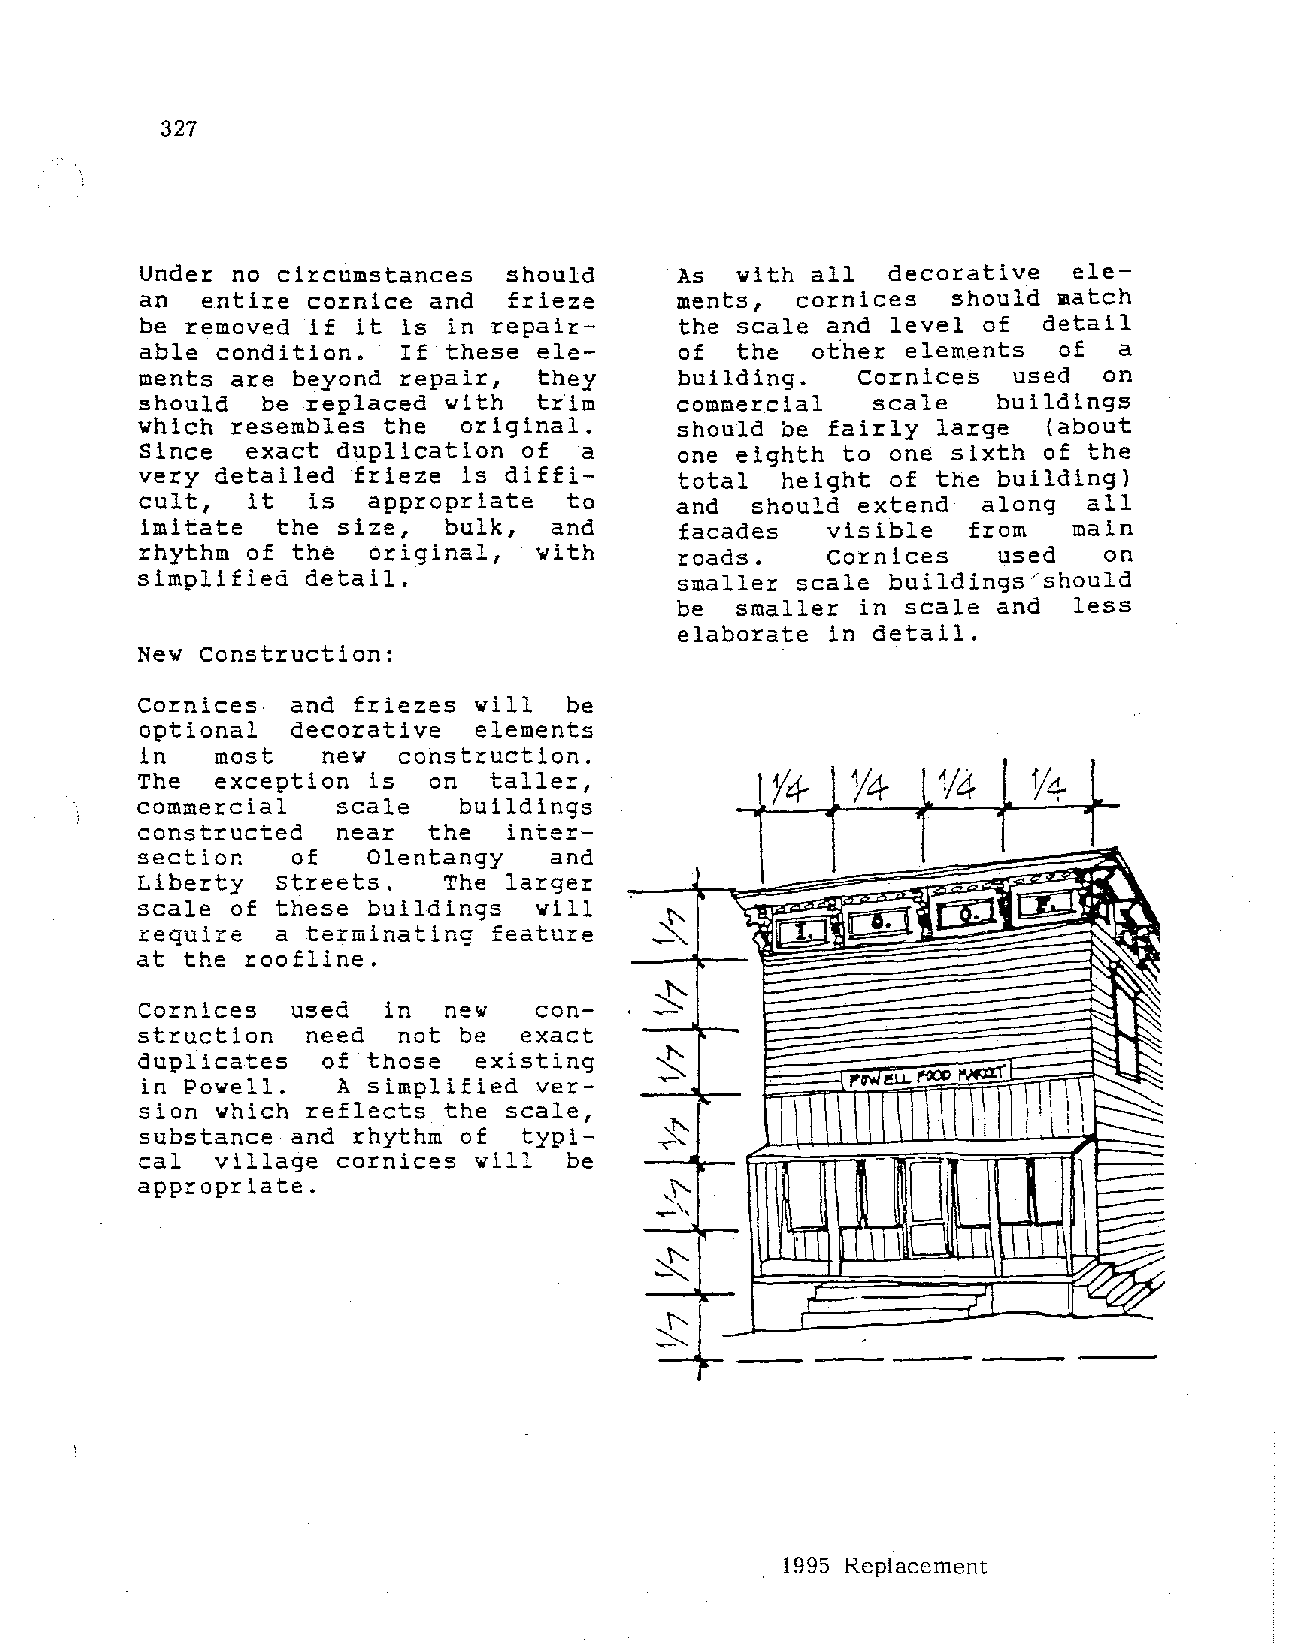
327
 Under  no circumstances  should     As  with all  decorative  ele
 an   entire cornice and  frieze     ments,  cornices  should match
 be  removed if it is in repair      the scale and level of  detail
 able  condition.  If these ele      of  the  other elements  of  a
 ments are  beyond repair,  they     building.   Cornices  used  on
 should   be replaced with           commercial   scale   buildings
 t~im
 which  resembles the  original.     should be fairly large  {about
 Since   exact duplication of  a     one eighth to one sixth of the
 very detailed  frieze is diffi      total  height of the building)
 cult,   it  is  appropriate  to     and  should extend  along  all
 imitate  the size,  bulk,  and     facades   visible  from   main
 rhythm  of the  original,  with     roads.    cornices   used   on
 simplified detail.                  smaller scale buildings/should
 be  smaller in scale and  less
 elaborate in detail.
 New Construction:
 Cornices  and  friezes will  be
 optional  decorative   elements
 in  most    new  construction.
 The  exception  is  on  taller,           Y4-  ;;'4  1/4   Y4
 commercial   scale    buildings
 constructed  near   the  inter                                  ....
 section   of    Olentangy   and
 Liberty  Streets.    The larger                              _j~
 s                  ir'D'
 scale of  these buildings  will                           1[-y,
 ~~
 require  a  terminating feature          <  ~   ~              ~   ~
 at the roofline.
 ~
 *
 ~~  ~
 Cornices   used  in  new   con
 struction   need  not be  exact                                 :;: ~
 -t::
 duplicates   of those  existing                                 ::,..: ~
 in Powell.  A  simplified ver     ~           .r·~
 sion which  reflects the scale,      i"'"       I   I       \ i ~~
 I \                i
 substance and  rhythm of  typi     ~
 '
 cal  village  cornices will  be
 appropriate.                       i'
 '·
 ~''     m
 T
 I
 ::t::
 ~
 :t
 I
 1995 Replacement